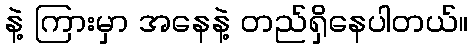
နဲ့ ကြားမှာ အနေနဲ့ တည်ရှိနေပါတယ်။